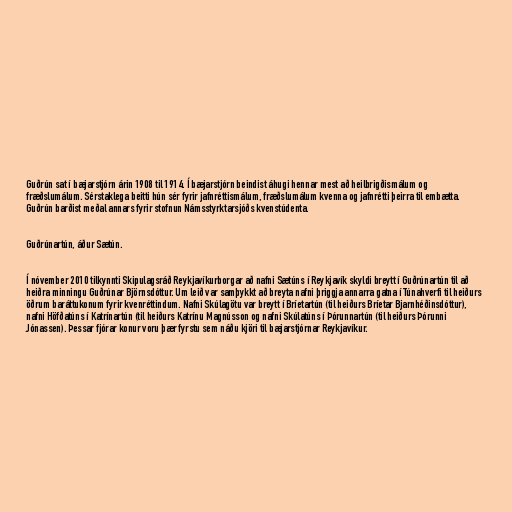
Guðrún sat í bæjarstjórn árin 1908 til 1914. Í bæjarstjórn beindist áhugi hennar mest að heilbrigðismálum og
fræðslumálum. Sérstaklega beitti hún sér fyrir jafnréttismálum, fræðslumálum kvenna og jafnrétti þeirra til embætta.
Guðrún barðist meðal annars fyrir stofnun Námsstyrktarsjóðs kvenstúdenta.

Guðrúnartún, áður Sætún.

Í nóvember 2010 tilkynnti Skipulagsráð Reykjavíkurborgar að nafni Sætúns í Reykjavík skyldi breytt í Guðrúnartún til að
heiðra minningu Guðrúnar Björnsdóttur. Um leið var samþykkt að breyta nafni þriggja annarra gatna í Túnahverfi til heiðurs
öðrum baráttukonum fyrir kvenréttindum. Nafni Skúlagötu var breytt í Bríetartún (til heiðurs Bríetar Bjarnhéðinsdóttur),
nafni Höfðatúns í Katrínartún (til heiðurs Katrínu Magnússon og nafni Skúlatúns í Þórunnartún (til heiðurs Þórunni
Jónassen). Þessar fjórar konur voru þær fyrstu sem náðu kjöri til bæjarstjórnar Reykjavíkur.